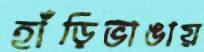
হাঁড়িভাঙায়